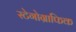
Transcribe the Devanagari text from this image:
स्टेगोग्राफिक